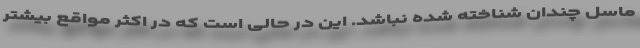
ماسل چندان شناخته شده نباشد. این در حالی است که در اکثر مواقع بیشتر